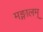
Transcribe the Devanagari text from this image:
मङ्गालम्